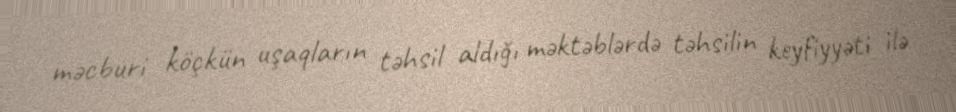
məcburi köçkün uşaqların təhsil aldığı məktəblərdə təhsilin keyfiyyəti ilə